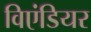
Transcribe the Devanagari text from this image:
विएंडियर